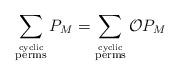
LaTeX: \begin{align*}\sum_{\stackrel{\rm{cyclic}}{\rm{perms}}} P_{M} =\sum_{\stackrel{\rm{cyclic}}{\rm{perms}}} \mathcal{O} P_{M}\end{align*}